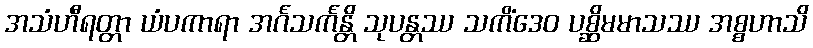
အသံဟီရတ္တာ ယံပကာရာ အင်္ဂသင်္ကန္တိ သုပန္တဿ သကိံဒေဝ ပစ္ဆိမမာသဿ အစ္စဟာသိ